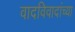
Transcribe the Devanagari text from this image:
वादविवादांच्या